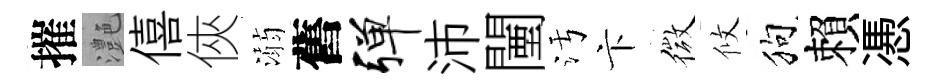
摧灔僖俠溺舊弹沛闉污卞微攸狗賴慿